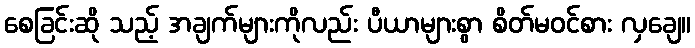
စေခြင်းဆို သည့် အချက်များကိုလည်း ပီယာများစွာ စိတ်မဝင်စား လှချေ။